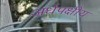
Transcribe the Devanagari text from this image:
अर्धपक्षीय